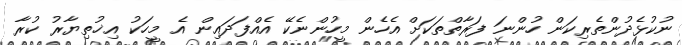
ނުކުޅެދުންތެރިކަން ހުންނަ ފަރާތްތަކަށް އެހެން މީހުންނެކޭ އެއްފަދައިން އެ މީހަކު އިޚުތިޔާރު ކުރާ